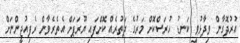
އުރުދޮގާން ވިދާޅުވީ ކަނޑު ހުރަސްކޮށް މަރުގެ ދަތުރެއް ކޮށްފައި ޔޫރަޕަށް އެތެރެވާން ރެފިއުޖީންނަށް